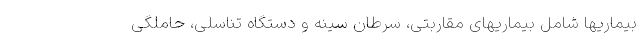
بیماریها شامل بیماریهای مقاربتی، سرطان سینه و دستگاه تناسلی، حاملگی